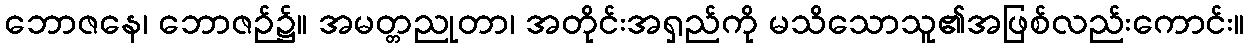
ဘောဇနေ၊ ဘောဇဉ်၌။ အမတ္တညုတာ၊ အတိုင်းအရှည်ကို မသိသောသူ၏အဖြစ်လည်းကောင်း။